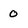
Character: 0